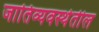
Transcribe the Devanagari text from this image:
जातिव्यवस्थेतील